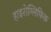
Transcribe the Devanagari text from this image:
हाइरोग्लिफिक